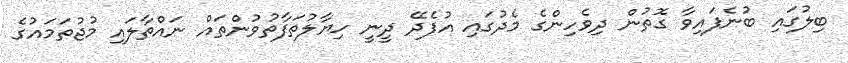
ބިލުގައި ބުނެފައިވާ ގޮތުން ދިވެހިންގެ މެދުގައި އުފެދޭ ދީނީ ހިޔާލުތަފާތުވުންތައް ނައްތާލައި މުޖުތަމައުގެ